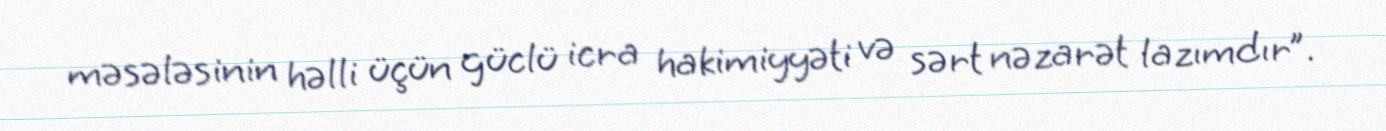
məsələsinin həlli üçün güclü icra hakimiyyəti və sərt nəzarət lazımdır”.